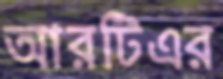
আরটিএর